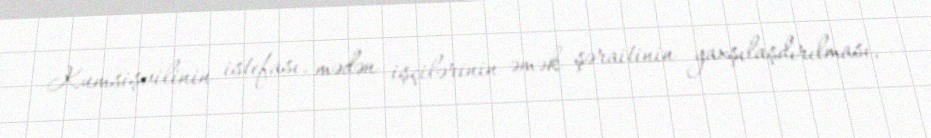
Kumsişvilinin istefası, mədən işçilərinin əmək şəraitinin yaxşılaşdırılması,